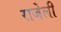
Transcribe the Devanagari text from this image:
राजेली